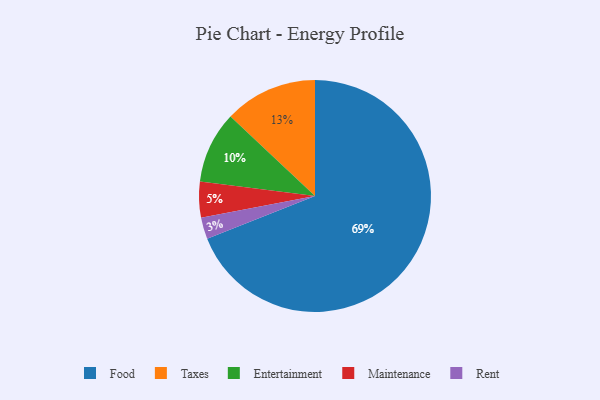
{"axis": {"x": "Category", "y": "Percentage"}, "legend": ["Entertainment", "Food", "Maintenance", "Rent", "Taxes"], "data": [{"x": "Maintenance", "y": 5, "type": "Maintenance"}, {"x": "Food", "y": 69, "type": "Food"}, {"x": "Entertainment", "y": 10, "type": "Entertainment"}, {"x": "Taxes", "y": 13, "type": "Taxes"}, {"x": "Rent", "y": 3, "type": "Rent"}]}